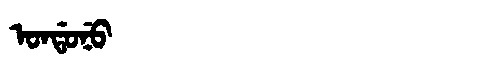
Manchu: ᠣᠨᡩᠣᠨᡠ
Romanization: ONDONU